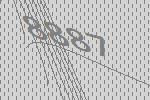
8887